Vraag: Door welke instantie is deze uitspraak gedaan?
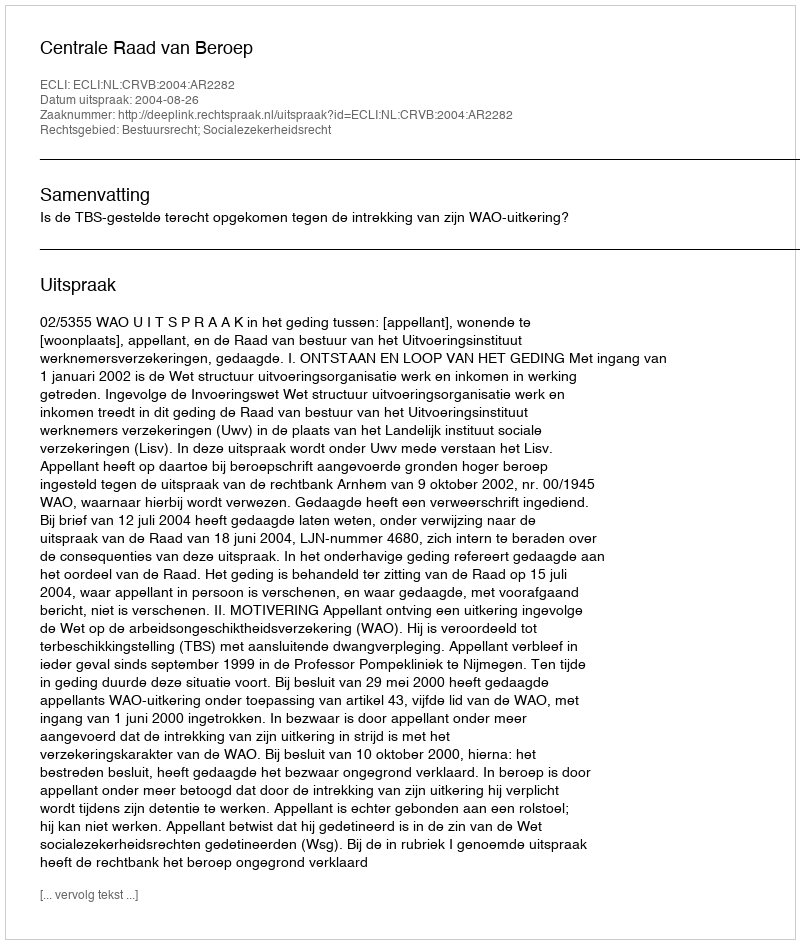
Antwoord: Centrale Raad van Beroep